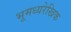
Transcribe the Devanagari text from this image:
भूमध्यरेखिक